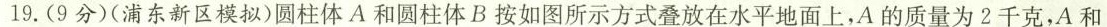
19.(9分)(浦东新区模拟)圆柱体A和圆柱体B按如图所示方式叠放在水平地面上，A的质量为2千克，A和